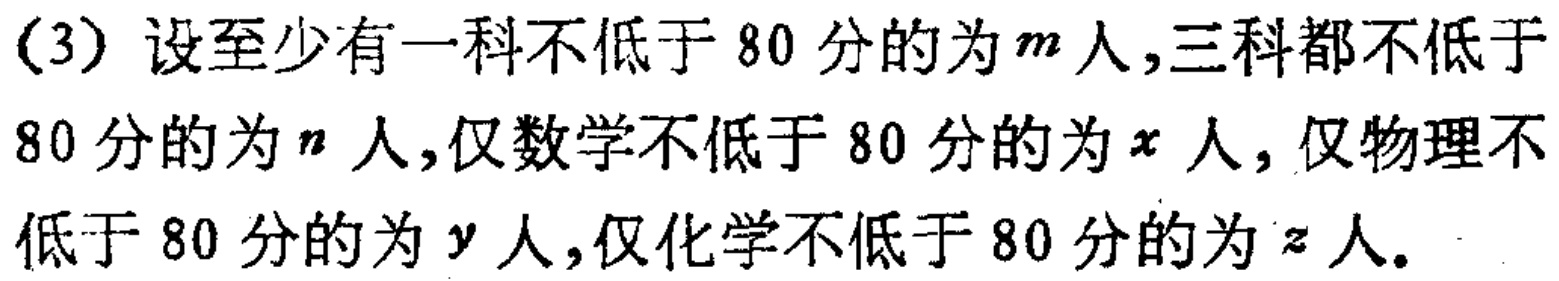
(3) 设至少有一科不低于 80 分的为\(m\)人,三科都不低于 80 分的为\(n\)人,仅数学不低于 80 分的为\(x\)人, 仅物理不低于 80 分的为\(y\)人,仅化学不低于 80 分的为\(z\)人.